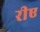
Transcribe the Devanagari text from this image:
रीए